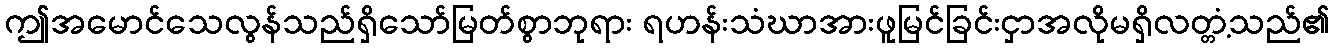
ဤအမောင်သေလွန်သည်ရှိသော်မြတ်စွာဘုရား ရဟန်းသံဃာအားဖူမြင်ခြင်းငှာအလိုမရှိလတ္တံ့သည်၏